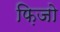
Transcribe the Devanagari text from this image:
फ़िजो